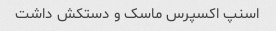
اسنپ اکسپرس ماسک و دستکش داشت